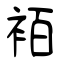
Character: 袹